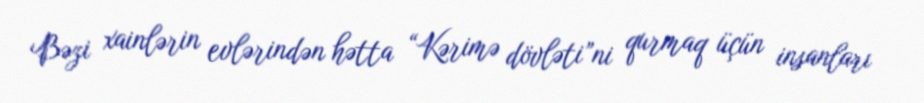
Bəzi xainlərin evlərindən hətta “Kərimə dövləti”ni qurmaq üçün insanları